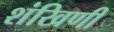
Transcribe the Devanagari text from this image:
शंखिणी